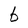
Character: b